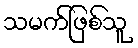
သမက်ဖြစ်သူ